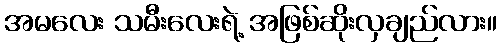
အမလေး သမီးလေးရဲ့ အဖြစ်ဆိုးလှချည်လား။